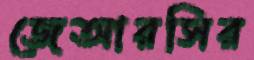
জেআরসির